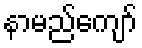
နာမည်ကျော်